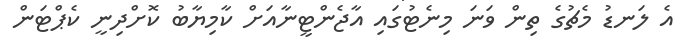
އެ ލަނޑު މެޗުގެ ތިން ވަނަ މިނެޓުގައި އާޖެންޓީނާއަށް ކާމިޔާބު ކޮށްދިނީ ކެޕްޓަން